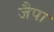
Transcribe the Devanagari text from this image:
जैपा